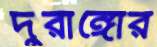
দুরাঙ্গোর